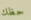
حظك